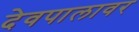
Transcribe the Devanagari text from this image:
देवपालावर